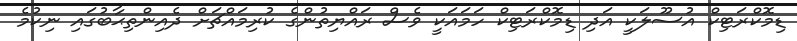
ޑިމޮކްރަޓިކް އުސޫލަކީ އަދި ޑިމޮކްރަޓިކް ހަމައަކީ ވެސް ރައްޔިތުންގެ ކުރިމައްޗަށް ދެއިންތިޙާބުގައި ނިކުމެ